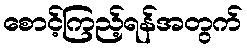
စောင့်ကြည့်ရန်အတွက်